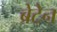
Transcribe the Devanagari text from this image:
ब्रेटेन